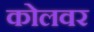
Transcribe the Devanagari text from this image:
कोलवर